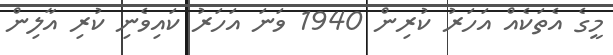
މީގެ އެތަކެއް އަހަރު ކުރިން 1940 ވަަނަ އަހަރު ކައިވެނި ކުރި އާލިން